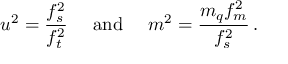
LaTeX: u ^ { 2 } = { \frac { f _ { s } ^ { 2 } } { f _ { t } ^ { 2 } } } \quad \mathrm { ~ a n d ~ } \quad m ^ { 2 } = { \frac { m _ { q } f _ { m } ^ { 2 } } { f _ { s } ^ { 2 } } } \, .